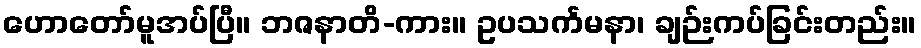
ဟောတော်မူအပ်ပြီ။ ဘဇနာတိ-ကား။ ဥပသင်္ကမနာ၊ ချဉ်းကပ်ခြင်းတည်း။